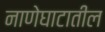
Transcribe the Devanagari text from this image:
नाणेघाटातील